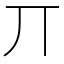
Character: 丌